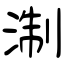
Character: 淛